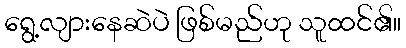
ရွေ့လျားနေဆဲပဲ ဖြစ်မည်ဟု သူထင်၏။